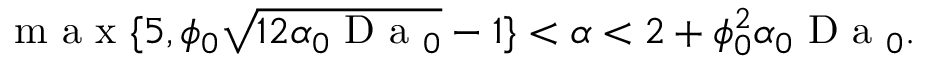
\mathrm { ~ m ~ a ~ x ~ } \{ 5 , \phi _ { 0 } \sqrt { 1 2 \alpha _ { 0 } \mathrm { ~ D ~ a ~ } _ { 0 } } - 1 \} < \alpha < 2 + \phi _ { 0 } ^ { 2 } \alpha _ { 0 } \mathrm { ~ D ~ a ~ } _ { 0 } .